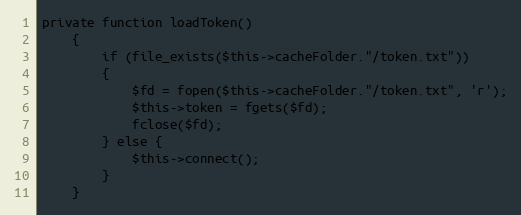
Language: PHP
private function loadToken()
	{
		if (file_exists($this->cacheFolder."/token.txt"))
		{
			$fd = fopen($this->cacheFolder."/token.txt", 'r');
			$this->token = fgets($fd);
			fclose($fd);
		} else {
			$this->connect();
		}
	}